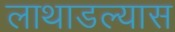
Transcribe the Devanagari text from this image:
लाथाडल्यास